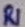
Text: R1